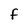
Character: F